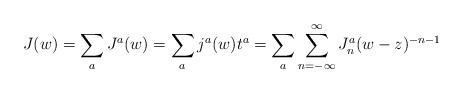
LaTeX: \begin{align*}J(w) = \sum_a J^a(w) = \sum_a j^a(w) t^a =\sum_a\sum_{n=-\infty}^{\infty}J_n^a (w-z)^{-n-1} \end{align*}